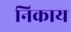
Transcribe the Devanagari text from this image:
निकाय